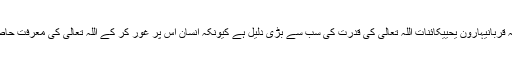
جانداروں کا جذبہ قربانیہارون یحییٰکائنات اللہ تعالیٰ کی قدرت کی سب سے بڑی دلیل ہے کیونکہ انسان اس پر غور کر کے اللہ تعالیٰ کی معرفت حاصل کرسکتا ہے ۔